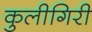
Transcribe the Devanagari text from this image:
कुलीगिरी